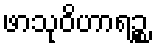
ဖာသုဝိဟာရဉ္စ